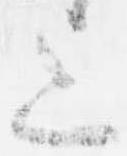
上